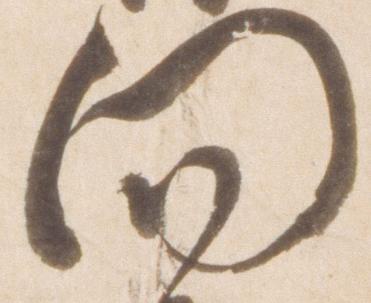
向